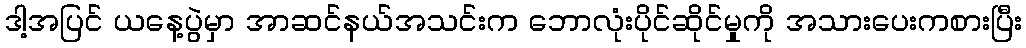
ဒါ့အပြင် ယနေ့ပွဲမှာ အာဆင်နယ်အသင်းက ဘောလုံးပိုင်ဆိုင်မှုကို အသားပေးကစားပြီး